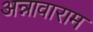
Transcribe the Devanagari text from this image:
अन्नावाराम